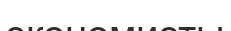
экономисты